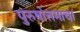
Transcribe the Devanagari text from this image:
पुरुषोत्तमाचा